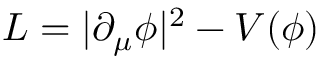
{ \cal L } = | \partial _ { \mu } \phi | ^ { 2 } - V ( \phi )